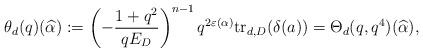
LaTeX: \begin{align*}\theta_d(q)(\widehat{\alpha}) := \left ( -\frac{1+q^2}{qE_D} \right)^{n-1} q^{2\varepsilon(\alpha)} {\rm tr}_{d,D} (\delta(a)) = \Theta_d(q, q^4)(\widehat{\alpha}),\end{align*}